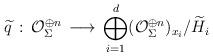
LaTeX: \begin{align*}\widetilde{q}\,:\, {\mathcal O}^{\oplus n}_\Sigma \,\longrightarrow\, \bigoplus_{i=1}^d ({\mathcal O}^{\oplus n}_\Sigma)_{x_i}/\widetilde{H}_i\end{align*}